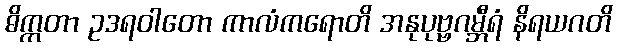
ဓိက္ကတာ ဥဒရဝါတော ကာလံကရောတိ အနုပုဗ္ဗဂမ္ဘီရံ နိရယဂတိ